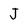
Character: J